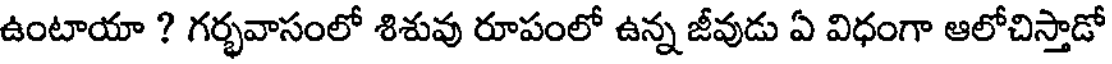
ఉంటాయా ? గర్భవాసంలో శిశువు రూపంలో ఉన్న జీవుడు ఏ విధంగా ఆలోచిస్తాడో